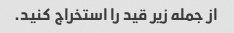
از جمله زیر قید را استخراج کنید.